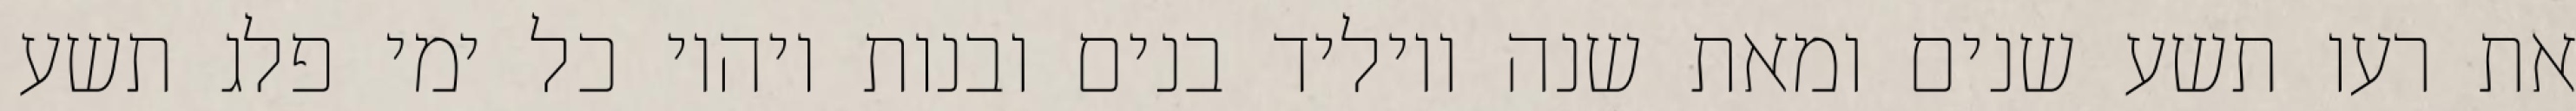
את רעו תשע שנים ומאת שנה ויוליד בנים ובנות ויהיו כל ימי פלג תשע